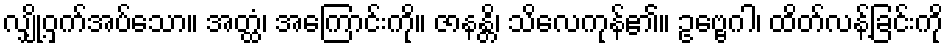
လျှို့ဝှက်အပ်သော။ အတ္ထံ၊ အကြောင်းကို။ ဇာနန္တိ၊ သိလေကုန်၏။ ဥဗ္ဗေဂါ၊ ထိတ်လန့်ခြင်းကို